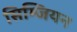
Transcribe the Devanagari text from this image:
सिम्जियन